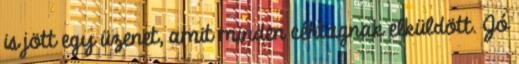
is jött egy üzenet, amit minden céhtagnak elküldött. Jó